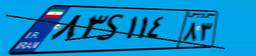
۸۳S۱۱۴۸۳